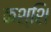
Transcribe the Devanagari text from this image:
कश्शि